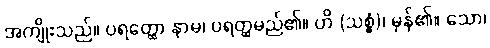
အကျိုးသည်။ ပရတ္ထော နာမ၊ ပရတ္ထမည်၏။ ဟိ (သစ္စံ)၊ မှန်၏။ သော၊